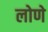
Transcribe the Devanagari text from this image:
लोणे